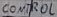
Text: CONTROL